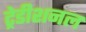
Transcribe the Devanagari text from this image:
ट्रेडीशनल